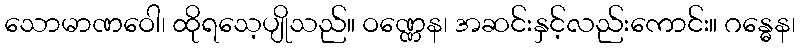
သောမာဏဝေါ၊ ထိုရသေ့ပျိုသည်။ ဝဏ္ဏေန၊ အဆင်းနှင့်လည်းကောင်း။ ဂန္ဓေန၊